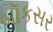
બૉકસર